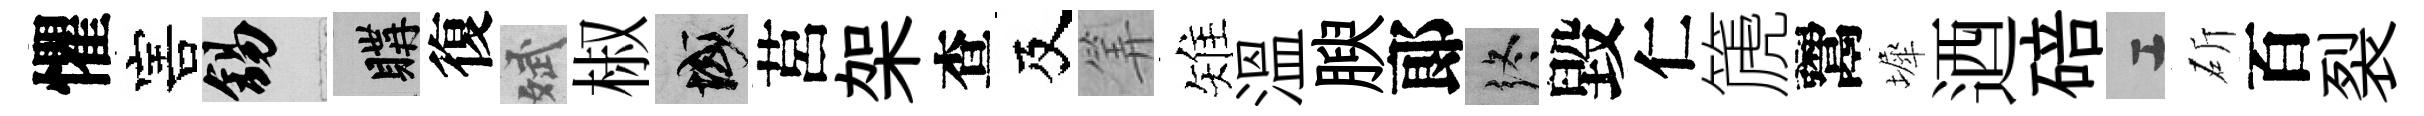
懼害錫購復斌椒域莒架查及筭雉溫腴郞终毀仁篪鬻墀迺碚工斫百裂